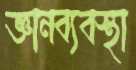
জ্ঞানব্যবস্থা